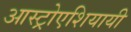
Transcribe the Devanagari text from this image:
आस्ट्रोएशियायी